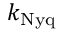
k _ { \mathrm { N y q } }